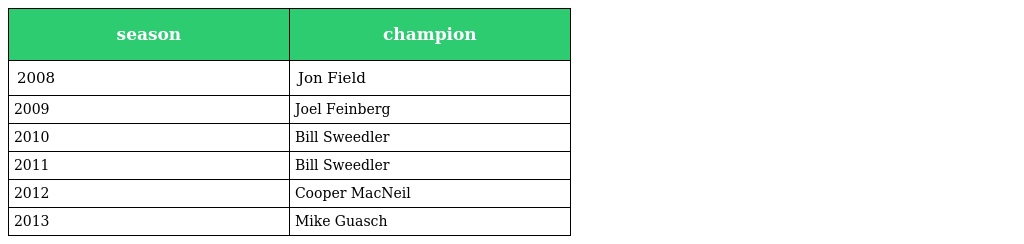
| season | champion |
 | --- | --- |
 | 2008 | Jon Field |
 | 2009 | Joel Feinberg |
 | 2010 | Bill Sweedler |
 | 2011 | Bill Sweedler |
 | 2012 | Cooper MacNeil |
 | 2013 | Mike Guasch |